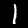
Label: 1